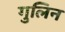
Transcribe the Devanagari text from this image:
गुलिन